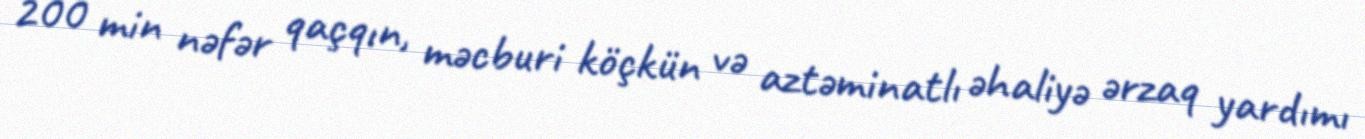
200 min nəfər qaçqın, məcburi köçkün və aztəminatlı əhaliyə ərzaq yardımı